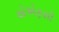
એએફસી